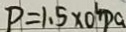
P = 1 . 5 \times 0 ^ { 4 } P a